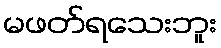
မဖတ်ရသေးဘူး